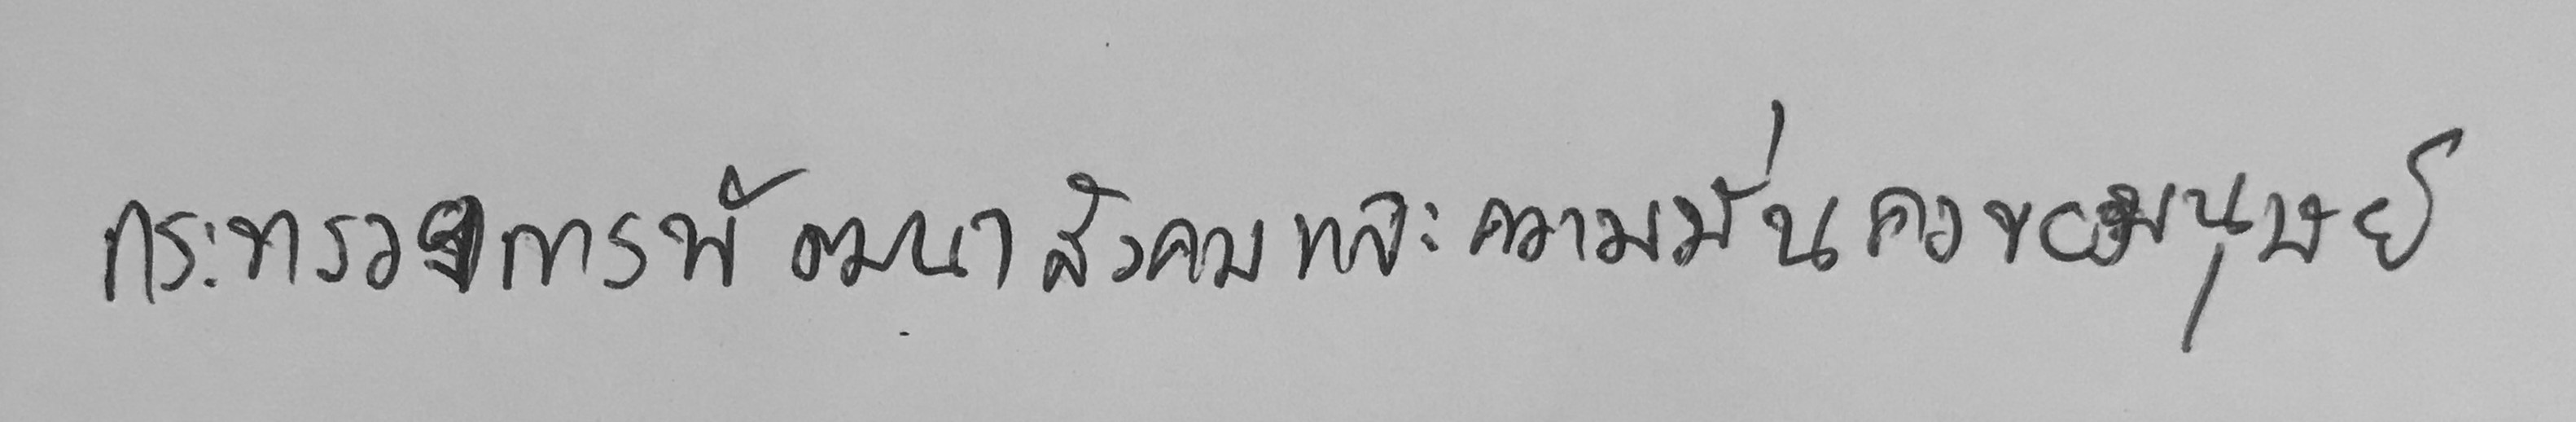
กระทรวงการพัฒนาสังคม และความมั่นคงของมนุษย์